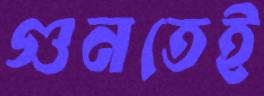
গুনতেই